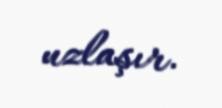
uzlaşır.